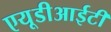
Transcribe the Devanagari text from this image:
एयूडीआईटी